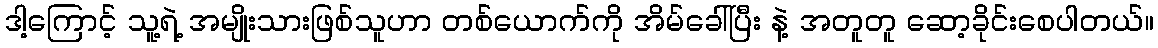
ဒါ့ကြောင့် သူ့ရဲ့ အမျိုးသားဖြစ်သူဟာ တစ်ယောက်ကို အိမ်ခေါ်ပြီး နဲ့ အတူတူ ဆော့ခိုင်းစေပါတယ်။